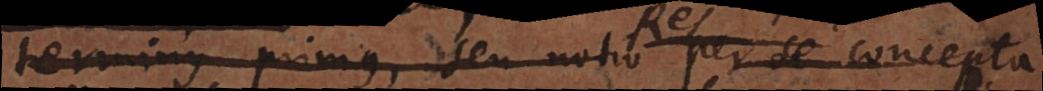
terminus primus, seu notio Res per se concepta